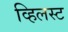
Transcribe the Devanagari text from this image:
व्हिलस्ट